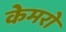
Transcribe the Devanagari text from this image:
केमरो